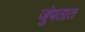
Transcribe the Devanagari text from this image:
जुंपतात